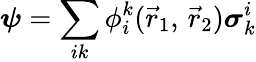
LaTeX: {\boldsymbol{\psi}}=\sum_{ik}\phi_{i}^{k}({\vec{r}}_{1},\, {\vec{r}}_{2}){\boldsymbol{\sigma}}_{k}^{i}